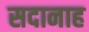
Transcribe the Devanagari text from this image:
सदानाह